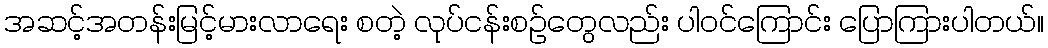
အဆင့်အတန်းမြင့်မားလာရေး စတဲ့ လုပ်ငန်းစဉ်တွေလည်း ပါဝင်ကြောင်း ပြောကြားပါတယ်။